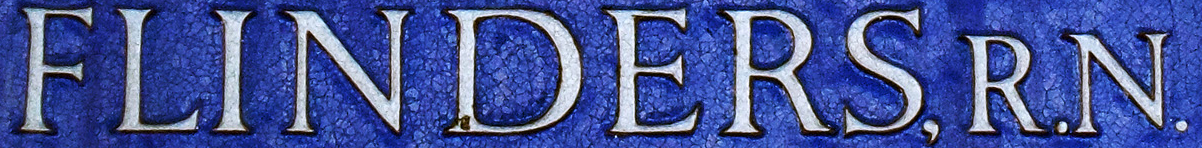
FLINDERS. R.N.